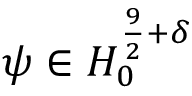
\psi \in H _ { 0 } ^ { \frac { 9 } { 2 } + \delta }